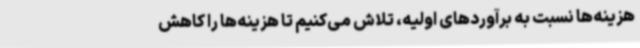
هزینه‌ها نسبت به برآوردهای اولیه، تلاش می‌کنیم تا هزینه‌ها را کاهش